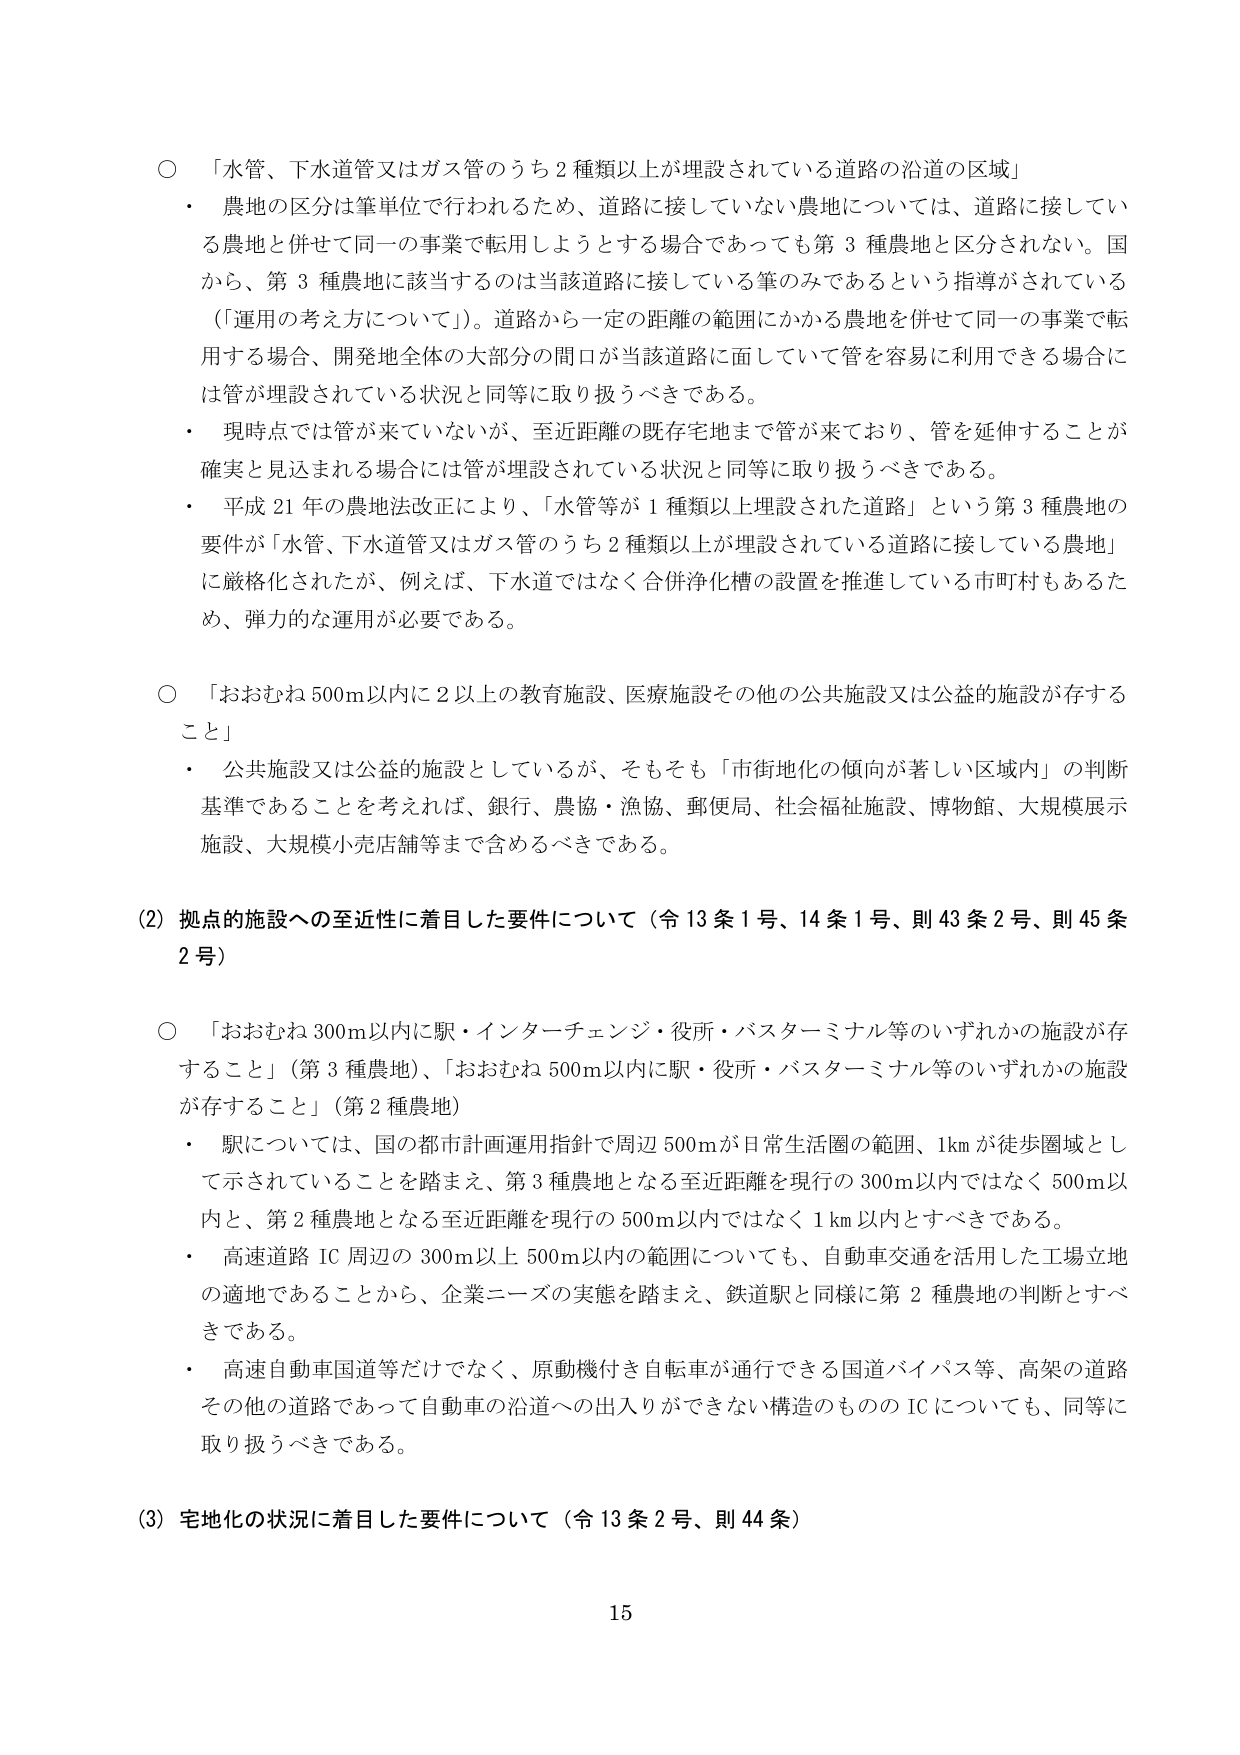
○ 「水管、下水道管又はガス管のうち２種類以上が埋設されている道路の沿道の区域」
・ 農地の区分は筆単位で行われるため、道路に接していない農地については、道路に接している農地と併せて同一の事業で転用しようとする場合であっても第３種農地と区分されない。国から、第３種農地に該当するのは当該道路に接している筆のみであるという指導がされている（「運用の考え方について」）。道路から一定の距離の範囲にかかる農地を併せて同一の事業で転用する場合、開発地全体の大部分の間口が当該道路に面していて管を容易に利用できる場合には管が埋設されている状況と同等に取り扱うべきである。
・ 現時点では管が来ていないが、至近距離の既存宅地まで管が来ており、管を延伸することが確実と見込まれる場合には管が埋設されている状況と同等に取り扱うべきである。
・ 平成21年の農地法改正により、「水管等が１種類以上埋設された道路」という第３種農地の要件が「水管、下水道管又はガス管のうち２種類以上が埋設されている道路に接している農地」に厳格化されたが、例えば、下水道ではなく合併浄化槽の設置を推進している市町村もあるため、弾力的な運用が必要である。

○ 「おおむね500ｍ以内に２以上の教育施設、医療施設その他の公共施設又は公益的施設が存すること」
・ 公共施設又は公益的施設としているが、そもそも「市街地化の傾向が著しい区域内」の判断基準であることを考えれば、銀行、農協・漁協、郵便局、社会福祉施設、博物館、大規模展示施設、大規模小売店舗等まで含めるべきである。

(2) 拠点的施設への至近性に着目した要件について（令13条1号、14条1号、則43条2号、則45条2号）

○ 「おおむね300ｍ以内に駅・インターチェンジ・役所・バスターミナル等のいずれかの施設が存すること」（第3種農地）、「おおむね500ｍ以内に駅・役所・バスターミナル等のいずれかの施設が存すること」（第2種農地）
・ 駅については、国の都市計画運用指針で周辺500ｍが日常生活圏の範囲、1kmが徒歩圏域として示されていることを踏まえ、第3種農地となる至近距離を現行の300ｍ以内ではなく500ｍ以内と、第2種農地となる至近距離を現行の500ｍ以内ではなく1km以内とすべきである。
・ 高速道路IC周辺の300ｍ以上500ｍ以内の範囲についても、自動車交通を活用した工場立地の適地であることから、企業ニーズの実態を踏まえ、鉄道駅と同様に第2種農地の判断とすべきである。
・ 高速自動車国道等だけでなく、原動機付き自転車が通行できる国道バイパス等、高架の道路その他の道路であって自動車の沿道への出入りができない構造のもののICについても、同等に取り扱うべきである。

(3) 宅地化の状況に着目した要件について（令13条2号、則44条）

15